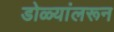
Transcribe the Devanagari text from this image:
डोळ्यांलरून